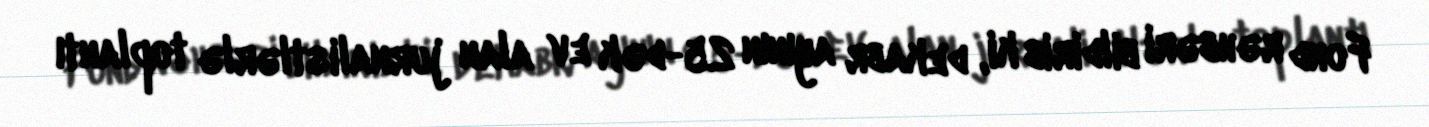
Fond rəhbəri bildirib ki, dekabr ayının 25-dək ev alan jurnalistlərlə toplantı